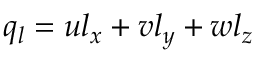
q _ { l } = u l _ { x } + v l _ { y } + w l _ { z }